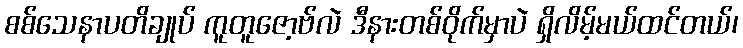
စစ်သေနာပတိချုပ် ကူတူဇော့ဗ်လဲ ဒီနားတစ်ဝိုက်မှာပဲ ရှိလိမ့်မယ်ထင်တယ်၊